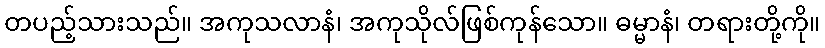
တပည့်သားသည်။ အကုသလာနံ၊ အကုသိုလ်ဖြစ်ကုန်သော။ ဓမ္မာနံ၊ တရားတို့ကို။